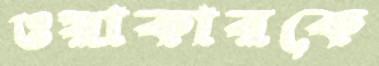
ওয়াকারকে